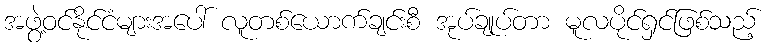
အဖွဲ့ဝင်နိုင်ငံများအပေါ် လူတစ်ယောက်ချင်းစီ အုပ်ချုပ်တာ မူလပိုင်ရှင်ဖြစ်သည့်